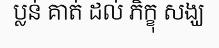
ប្លន់ គាត់ ដល់ ភិក្ខុ សង្ឃ